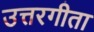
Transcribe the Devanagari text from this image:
उत्तरगीता